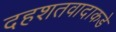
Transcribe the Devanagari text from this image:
दहशतवादाकडे